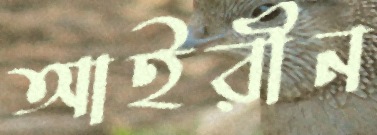
আইরীন